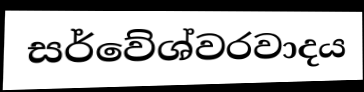
සර්වේශ්වරවාදය